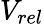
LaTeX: V_{rel}